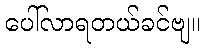
ပေါ်လာရတယ်ခင်ဗျ။